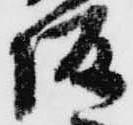
坂